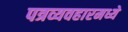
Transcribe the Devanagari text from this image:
पत्रव्यवहारमध्ये